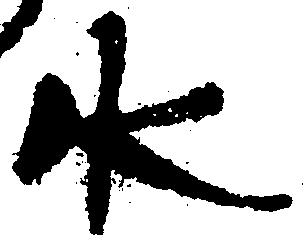
水